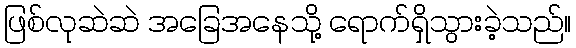
ဖြစ်လုဆဲဆဲ အခြေအနေသို့ ရောက်ရှိသွားခဲ့သည်။